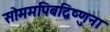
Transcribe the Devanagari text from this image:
सोममपिबद्विष्णुना